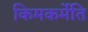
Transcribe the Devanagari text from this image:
किमकर्मेति